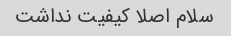
سلام اصلا کیفیت نداشت